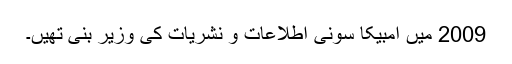
2009 میں امبیکا سونی اطلاعات و نشریات کی وزیر بنی تھیں۔